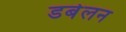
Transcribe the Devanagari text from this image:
डबेलन